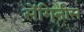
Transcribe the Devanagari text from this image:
सेंगिनीस